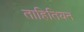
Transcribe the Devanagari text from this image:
ताहितियन